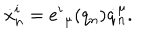
\dot { x } _ { n } ^ { i } = e ^ { i } { } _ { \mu } ( q _ { n } ) \dot { q } _ { n } ^ { \mu } .